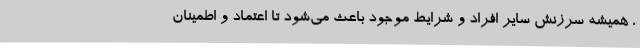
، همیشه سرزنش سایر افراد و شرایط موجود باعث می‌شود تا اعتماد و اطمینان